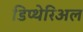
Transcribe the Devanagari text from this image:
डिप्थेरिअल